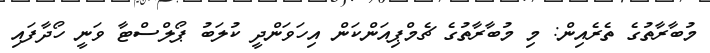
މުބާރާތުގެ ތެރެއިން: މި މުބާރާތުގެ ޗެމްޕިއަންކަން އިހަވަންދީ ކުލަބު ޕޯލްސްޓާ ވަނީ ހޯދާފައި